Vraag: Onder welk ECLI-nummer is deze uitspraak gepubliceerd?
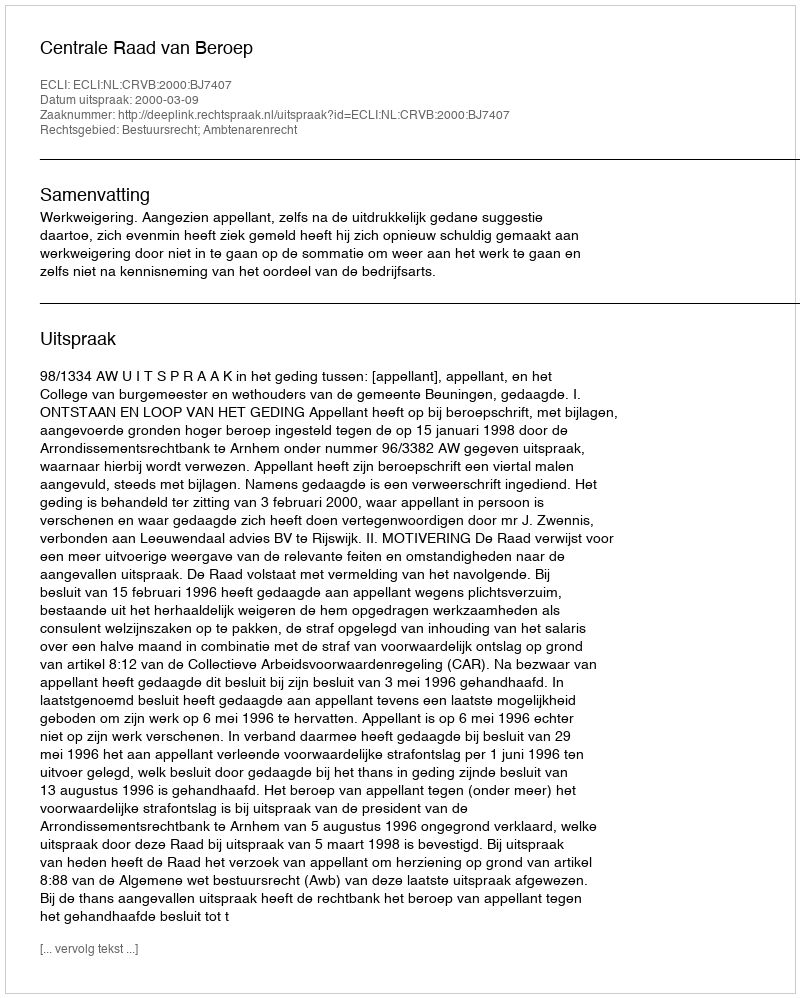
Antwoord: ECLI:NL:CRVB:2000:BJ7407